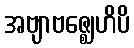
အဗျာဗဇ္ဈေဟိပိ